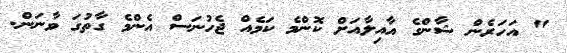
" އަހަރެން ޝާންގެ އާއިލާއަށް ކޮންމެ ކަމެއް ޖެހުނަސް އެންމެ ގާތުގަ ވާނަން.